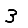
Digit: 3